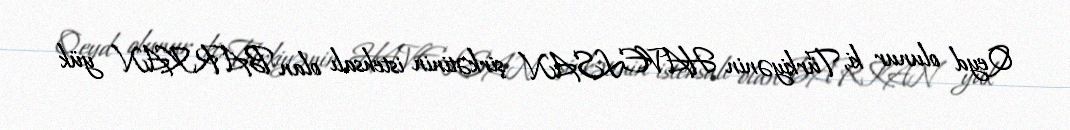
Qeyd olunur ki, Türkiyənin HAVELSAN şirkətinin istehsalı olan BARKAN yük